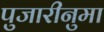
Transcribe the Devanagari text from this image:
पुजारीनुमा